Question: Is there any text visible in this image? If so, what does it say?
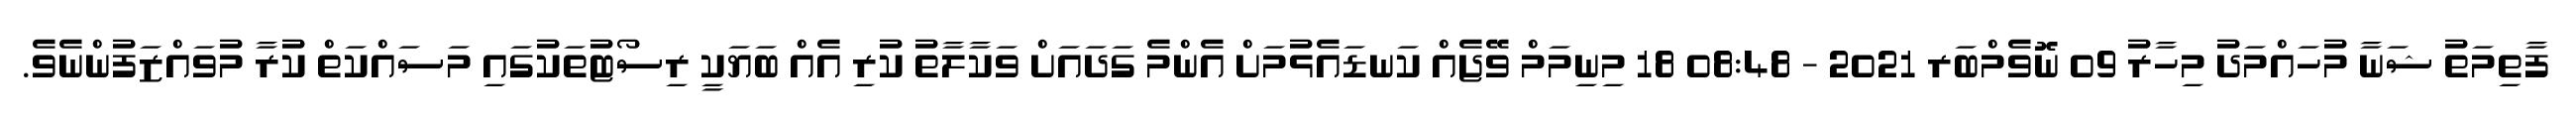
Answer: ފާތިމަތު ޝަނާ މުހައްމަދު މިހާރު 09 ނޮވެމްބަރ 2021 - 08:48 18 މިނިމަމް ވޭޖެއް ކަނޑައެޅުމަށް އެންމެ ގަދައަށް ވަކާލާތު ކުރި އެއް ބަޔަކީ ރިސޯޓުތަކުގައި މަސައްކަތް ކުރާ މުވައްޒަފުންނެވެ.